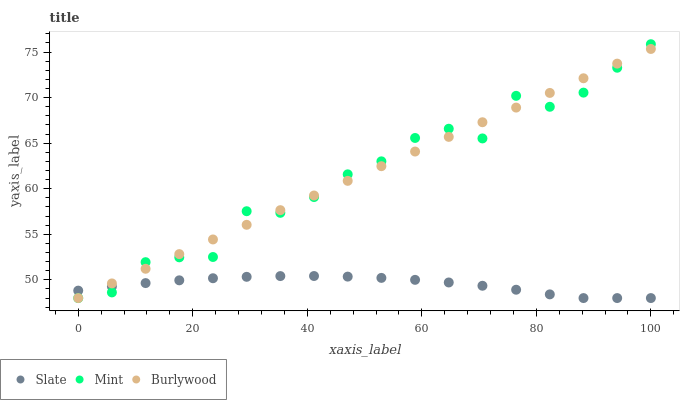
| xaxis_label | Slate | Mint | Burlywood |
 | --- | --- | --- | --- |
 | 0 | 48.8 | 48 | 48 |
 | 5.88 | 49.3 | 48.6 | 49.6 |
 | 11.8 | 49.6 | 51.9 | 51.2 |
 | 17.6 | 49.9 | 52.5 | 52.8 |
 | 23.5 | 50.2 | 52.5 | 54.4 |
 | 29.4 | 50.3 | 57.5 | 56 |
 | 35.3 | 50.4 | 57.4 | 57.6 |
 | 41.2 | 50.4 | 59.1 | 59.3 |
 | 47.1 | 50.4 | 61.6 | 60.9 |
 | 52.9 | 50.2 | 63 | 62.5 |
 | 58.8 | 50 | 65.6 | 64.1 |
 | 64.7 | 49.7 | 66.6 | 65.7 |
 | 70.6 | 49.4 | 65.5 | 67.3 |
 | 76.5 | 48.9 | 70.2 | 68.9 |
 | 82.4 | 48.4 | 69 | 70.5 |
 | 88.2 | 48 | 70.5 | 72.1 |
 | 94.1 | 48 | 73.3 | 73.7 |
 | 100 | 48 | 75.9 | 75.3 |